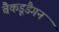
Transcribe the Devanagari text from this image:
बैकडूडैगन